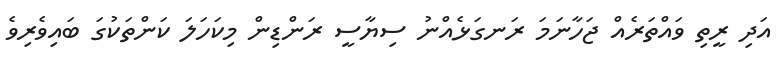
އަދި ރީތި ވައްތަރެއް ޖަހާނަމަ ރަނގަޅެއްނު ސިޔާސީ ރަންޑިން މިކަހަލަ ކަންތަކުގަ ބައިވެރިވެ